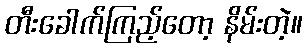
တီးခေါက်ကြည့်တော့ နိမ်းတဲ့။